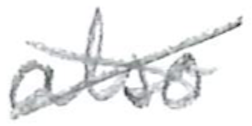
Text: also
Cross-out: cross
Writing tool: pencil